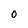
Character: O